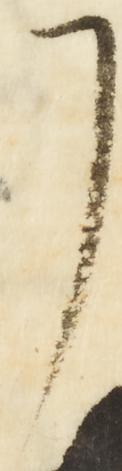
了